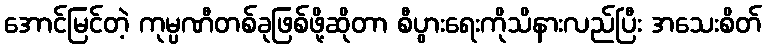
အောင်မြင်တဲ့ ကုမ္ပဏီတစ်ခုဖြစ်ဖို့ဆိုတာ စီပွားရေးကိုသိနားလည်ပြီး အသေးစိတ်